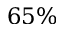
6 5 \%